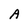
Character: A